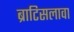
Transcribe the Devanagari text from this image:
ब्राटिसलावा